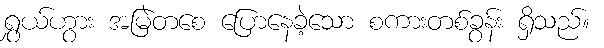
ရွှယ်ဟွား အမြဲတစေ ပြောနေခဲ့သော စကားတစ်ခွန်း ရှိသည်။